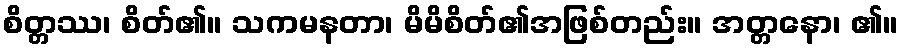
စိတ္တဿ၊ စိတ်၏။ သကမနတာ၊ မိမိစိတ်၏အဖြစ်တည်း။ အတ္တနော၊ ၏။